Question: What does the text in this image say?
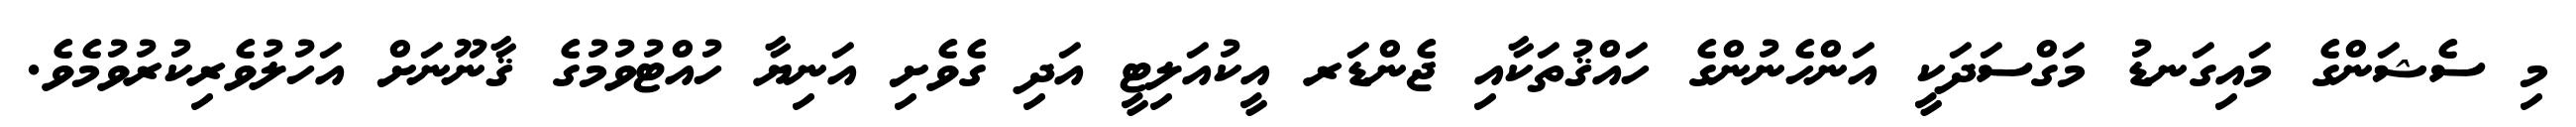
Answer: މި ސެޝަންގެ މައިގަނޑު މަގްސަދަކީ އަންހެނުންގެ ހައްޤުތަކާއި ޖެންޑަރ އީކުއަލިޓީ އަދި ގެވެށި އަނިޔާ ހުއްޓުވުމުގެ ޤާނޫނަށް އަހުލުވެރިކުރުވުމެވެ.